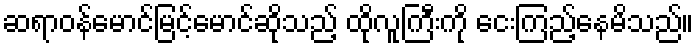
ဆရာဝန်မောင်မြင့်မောင်ဆိုသည့် ထိုလူကြီးကို ငေးကြည့်နေမိသည်။